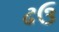
ઢઉ